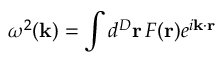
\omega ^ { 2 } ( { \bf k } ) = \int d ^ { D } { \bf r } \, F ( { \bf r } ) e ^ { i { \bf k } \cdot { \bf r } }